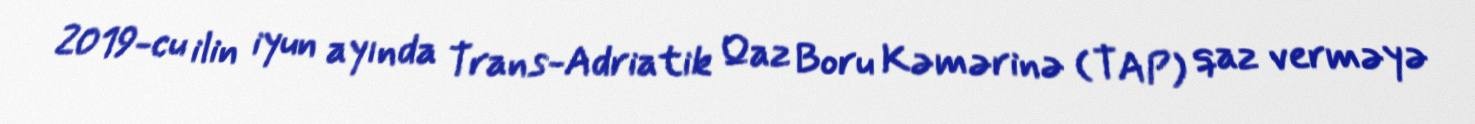
2019-cu ilin iyun ayında Trans-Adriatik Qaz Boru Kəmərinə (TAP) qaz verməyə